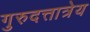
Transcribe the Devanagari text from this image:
गुरुदत्तात्रेय